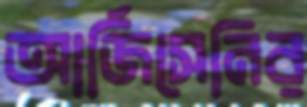
আর্জিসেনির